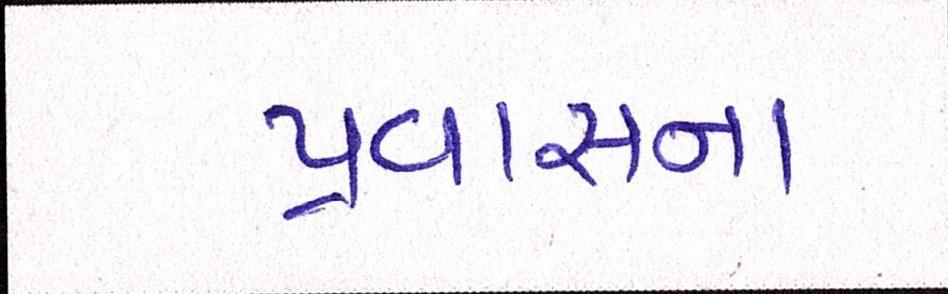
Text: પ્રવાસના